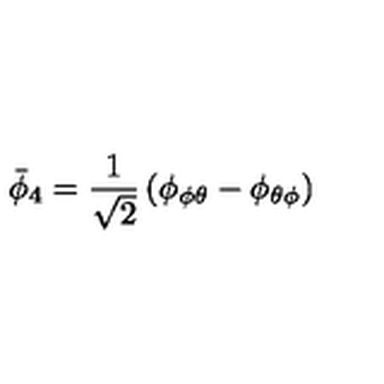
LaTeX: \bar { \phi } _ { 4 } = { \frac { 1 } { \sqrt 2 } } \left( \phi _ { \phi \theta } - \phi _ { \theta \phi } \right)